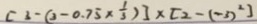
[ 3 - ( 3 - 0 . 7 5 \times \frac { 1 } { 3 } ) ] \times [ 2 - ( - 3 ) ^ { 2 } ]